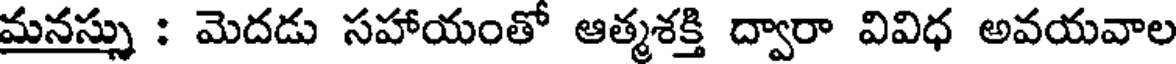
మనస్సు : మెదడు సహాయంతో ఆత్మశక్తి ద్వారా వివిధ అవయవాల